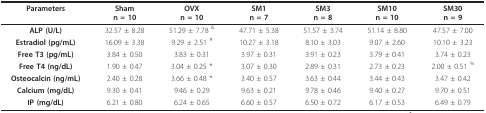
<table><thead><tr><td><b>Parameters</b></td><td><b>Shamn = 10</b></td><td><b>OVXn = 10</b></td><td><b>SM1n = 7</b></td><td><b>SM3n = 8</b></td><td><b>SM10n = 10</b></td><td><b>SM30n = 9</b></td></tr></thead><tbody><tr><td><b>ALP (U/L)</b></td><td>32.57 ± 8.28</td><td>51.29 ± 7.78 <sup>&amp;</sup></td><td>47.71 ± 5.38</td><td>51.57 ± 3.74</td><td>51.14 ± 8.80</td><td>47.57 ± 7.00</td></tr><tr><td><b>Estradiol (pg/mL)</b></td><td>16.09 ± 3.38</td><td>9.29 ± 2.51 <sup>#</sup></td><td>10.27 ± 3.18</td><td>8.10 ± 3.03</td><td>9.07 ± 2.60</td><td>10.10 ± 3.23</td></tr><tr><td><b>Free T3 (pg/mL)</b></td><td>3.84 ± 0.50</td><td>3.83 ± 0.31</td><td>3.97 ± 0.31</td><td>3.91 ± 0.23</td><td>3.79 ± 0.41</td><td>3.74 ± 0.23</td></tr><tr><td><b>Free T4 (ng/dL)</b></td><td>1.90 ± 0.47</td><td>3.04 ± 0.25 *</td><td>3.07 ± 0.30</td><td>2.89 ± 0.31</td><td>2.73 ± 0.23</td><td>2.00 ± 0.51 <sup>%</sup></td></tr><tr><td><b>Osteocalcin (ng/mL)</b></td><td>2.40 ± 0.28</td><td>3.66 ± 0.48 *</td><td>3.40 ± 0.57</td><td>3.63 ± 0.44</td><td>3.44 ± 0.43</td><td>3.47 ± 0.42</td></tr><tr><td><b>Calcium (mg/dL)</b></td><td>9.30 ± 0.41</td><td>9.46 ± 0.29</td><td>9.63 ± 0.21</td><td>9.78 ± 0.46</td><td>9.40 ± 0.27</td><td>9.70 ± 0.51</td></tr><tr><td><b>IP (mg/dL)</b></td><td>6.21 ± 0.80</td><td>6.24 ± 0.65</td><td>6.60 ± 0.57</td><td>6.50 ± 0.72</td><td>6.17 ± 0.53</td><td>6.49 ± 0.79</td></tr></tbody></table>